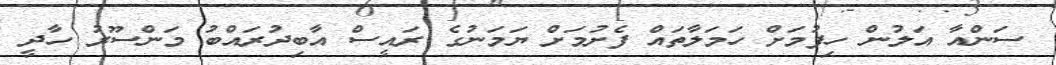
ސަންއާ އަލުން ހިފުމަށް ހަމަލާތައް ފެށުމަށް ޔަމަނުގެ ރައީސް އާބިދުރައްބު މަންސޫރު ހާދީ